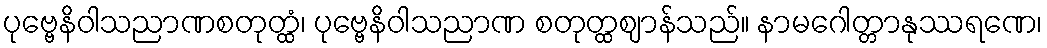
ပုဗ္ဗေနိဝါသညာဏစတုတ္ထံ၊ ပုဗ္ဗေနိဝါသညာဏ စတုတ္ထဈာန်သည်။ နာမဂေါတ္တာနုဿရဏေ၊